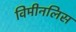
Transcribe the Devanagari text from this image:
विमीनलिस